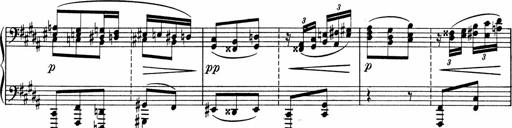
Title: Sonatine pour piano
Composer: Albert Roussel